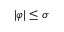
| \varphi | \leq \sigma